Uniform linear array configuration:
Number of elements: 16
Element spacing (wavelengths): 1
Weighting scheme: hann
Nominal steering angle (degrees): -15
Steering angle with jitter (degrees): -14.924
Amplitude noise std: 0.05
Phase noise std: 0.05

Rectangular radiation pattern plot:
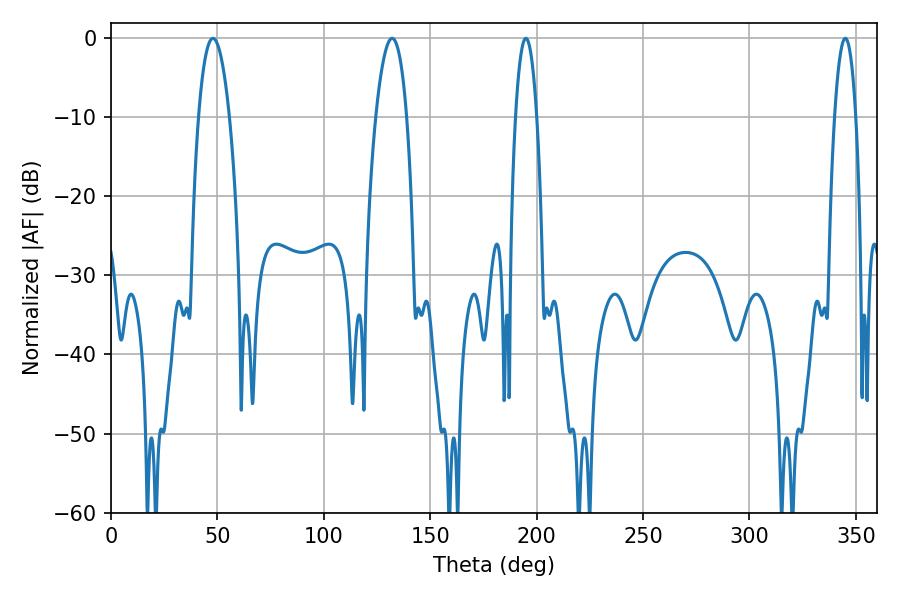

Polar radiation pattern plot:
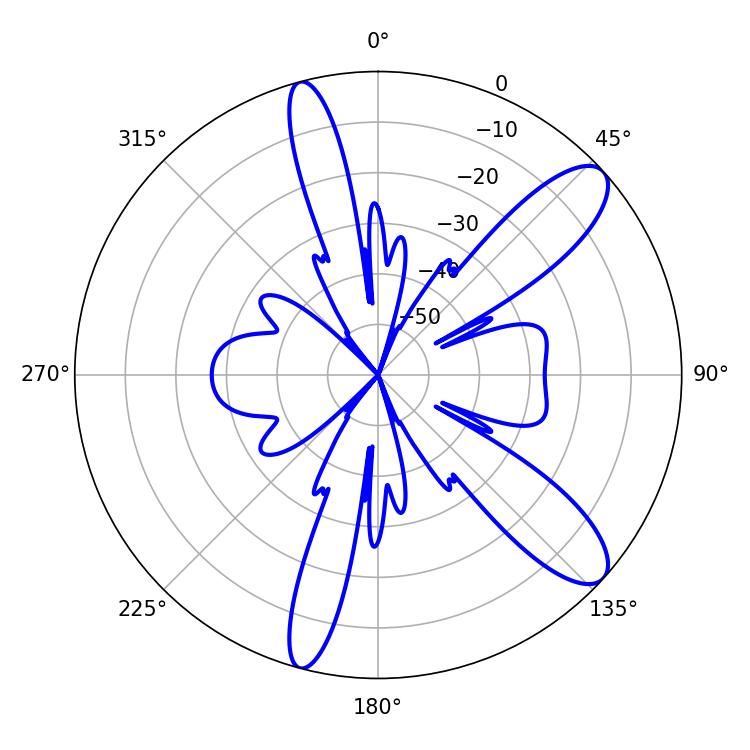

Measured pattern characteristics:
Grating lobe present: TRUE
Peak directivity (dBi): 10.684
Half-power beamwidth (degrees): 5.58
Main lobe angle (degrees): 345.06